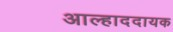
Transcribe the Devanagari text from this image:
अाल्हाददायक